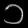
Digit: ၁